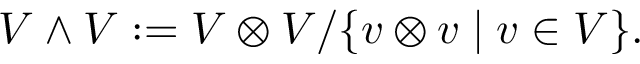
V \wedge V : = V \otimes V / \{ v \otimes v \mid v \in V \} .